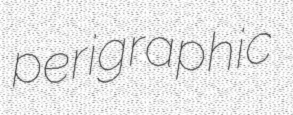
perigraphic